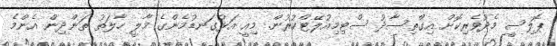
ޕޮލިސީ މެދުވެރިކޮށް އިގްތިސާދު ސްޓިމިއުލޭޓްކުރުން. މިއީ އަޅުގަނޑުމެންގެ މާލީ ހާލަތު ތަންދިން އެންމެ